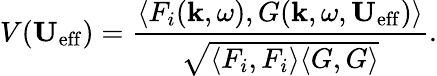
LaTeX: V(\mathbf{U}_{\mathrm{eff}})=\frac{\langle F_{i}(\mathbf{k},\omega),G(\mathbf{k},\omega,\mathbf{U}_{\mathrm{eff}})\rangle}{\sqrt{\langle F_{i},F_{i}\rangle\langle G,G\rangle}}.